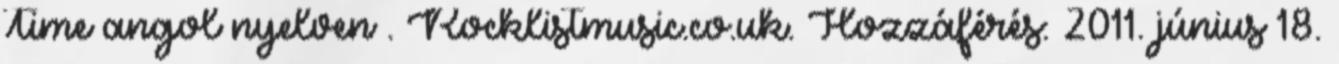
Time angol nyelven . Rocklistmusic.co.uk. Hozzáférés: 2011. június 18.